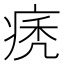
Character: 痜